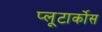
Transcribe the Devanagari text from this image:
प्लूटार्कोस